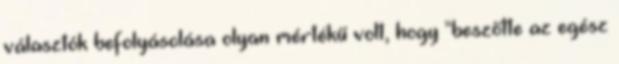
választók befolyásolása olyan mértékű volt, hogy "beszőtte az egész